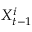
X _ { t - 1 } ^ { i }